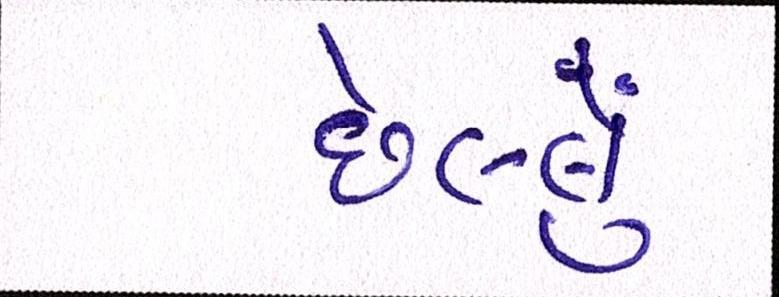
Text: છેલ્લું